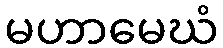
မဟာမေဃံ